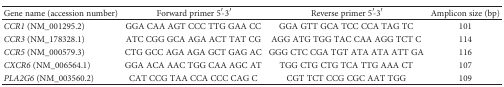
| Gene name (accession number) | Forward primer 5′-3′ | Reverse primer 5′-3′ | Amplicon size (bp) |
 | --- | --- | --- | --- |
 | CCR1 (NM_001295.2) | GGA CAA AGT CCC TTG GAA CC | GGA GTT GCA TCC CCA TAG TC | 101 |
 | CCR3 (NM_178328.1) | ATC CGG GCA AGA ACT TAT CG | AGG ATG TGG TAC CAA AGG TCT C | 114 |
 | CCR5 (NM_000579.3) | CTG GCC AGA AGA GCT GAG AC | GGG CTC CGA TGT ATA ATA ATT GA | 116 |
 | CXCR6 (NM_006564.1) | GGA ACA AAC TGG CAA AGC AT | TGG CTG CTG TCA TTG AAA CT | 107 |
 | PLA2G6 (NM_003560.2) | CAT CCG TAA CCA CCC CAG C | CGT TCT CCG CGC AAT TGG | 109 |